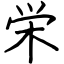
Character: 栄